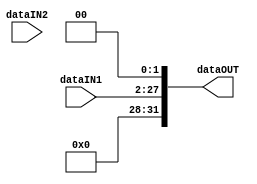
module ShiftLeft2_26(dataIN1,dataIN2,dataOUT);
	input [25:0] dataIN1;
	input [3:0] dataIN2;
	output reg [31:0] dataOUT;
	
	always@(dataIN1,dataIN2)
	begin
		dataOUT <= dataIN1 << 2;
	end
endmodule